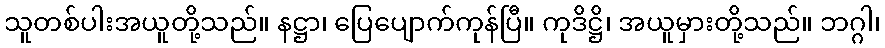
သူတစ်ပါးအယူတို့သည်။ နဋ္ဌာ၊ ပြေပျောက်ကုန်ပြီ။ ကုဒိဋ္ဌိ၊ အယူမှားတို့သည်။ ဘဂ္ဂါ၊